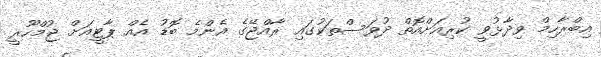
އިބްރާހިމް ވިދާޅުވީ ކުރިއަށްއޮތް ދުވަސްތަކުގައި ރާއްޖޭގެ އެންމެ ބޮޑު އެއް ޕާޓީއަށް ޖުމްހޫރީ